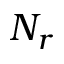
N _ { r }